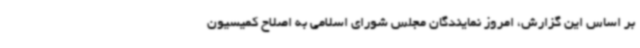
بر اساس این گزارش، امروز نمایندگان مجلس شورای اسلامی به اصلاح کمیسیون